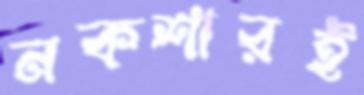
নকশারই